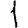
Digit: 1